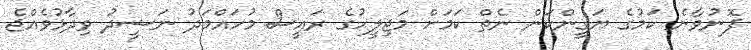
ފޮނުވާނެ ކަމުގެ ޔަގީންކަން ނެތް ކަމަށް މަޖިލީހުގެ ރައީސް މުހައްމަދު ނަޝީދު ވިދާޅުވެއްޖެ